Subject: econ
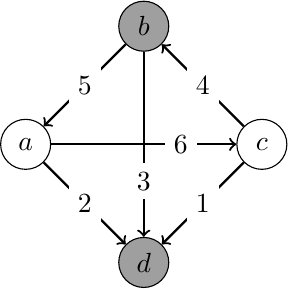
LaTeX code:
\begin{tikzpicture}

\node[circle,draw, minimum width=0.25in] at (0,0) (a) {$a$};
\node[circle,draw,minimum width=0.25in] at (3,0) (c) {$c$};
\node[circle,draw,minimum width=0.25in, fill=gray!75] at (1.5,1.5) (b) {$b$};

\node[circle,draw,minimum width=0.25in, fill=gray!75] at (1.5,-1.5) (d) {$d$};

\path[->,draw,thick] (a) to[pos=.7] node[fill=white] {$6$} (c);
\path[->,draw,thick] (b) to  node[fill=white] {$5$} (a);
\path[->,draw,thick] (a) to  node[fill=white] {$2$} (d);
\path[->,draw,thick] (c) to  node[fill=white] {$1$} (d);
\path[->,draw,thick] (b) to[pos=.7]   node[fill=white] {$3$} (d);
\path[->,draw,thick] (c) to   node[fill=white] {$4$} (b);
\end{tikzpicture}